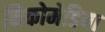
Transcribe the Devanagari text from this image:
निकोमेडिया